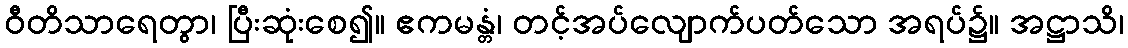
ဝီတိသာရေတွာ၊ ပြီးဆုံးစေ၍။ ဧကမန္တံ၊ တင့်အပ်လျောက်ပတ်သော အရပ်၌။ အဋ္ဌာသိ၊